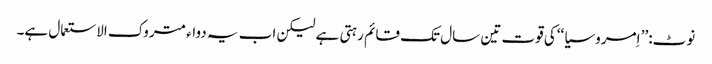
نوٹ:’’ اِمروسیا ‘‘کی قوت تین سال تک قائم رہتی ہے لیکن اب یہ دواء متروک الاستعمال ہے۔